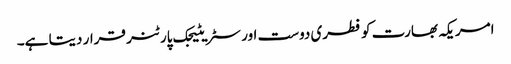
امریکہ بھارت کو فطری دوست اور سٹریٹیجک پارٹنر قرار دیتا ہے۔